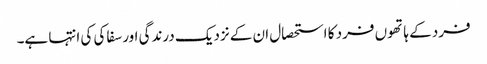
فرد کے ہاتھوں فرد کا استحصال ان کے نزدیک درندگی اور سفاکی کی انتہا ہے۔